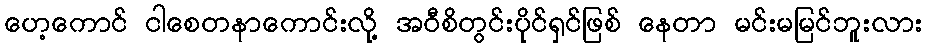
ဟေ့ကောင် ငါစေတနာကောင်းလို့ အဝီစိတွင်းပိုင်ရှင်ဖြစ် နေတာ မင်းမမြင်ဘူးလား